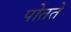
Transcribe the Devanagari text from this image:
पोतते